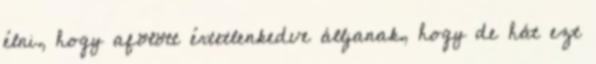
élni, hogy afölött értetlenkedve álljanak, hogy de hát ezt